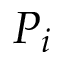
P _ { i }